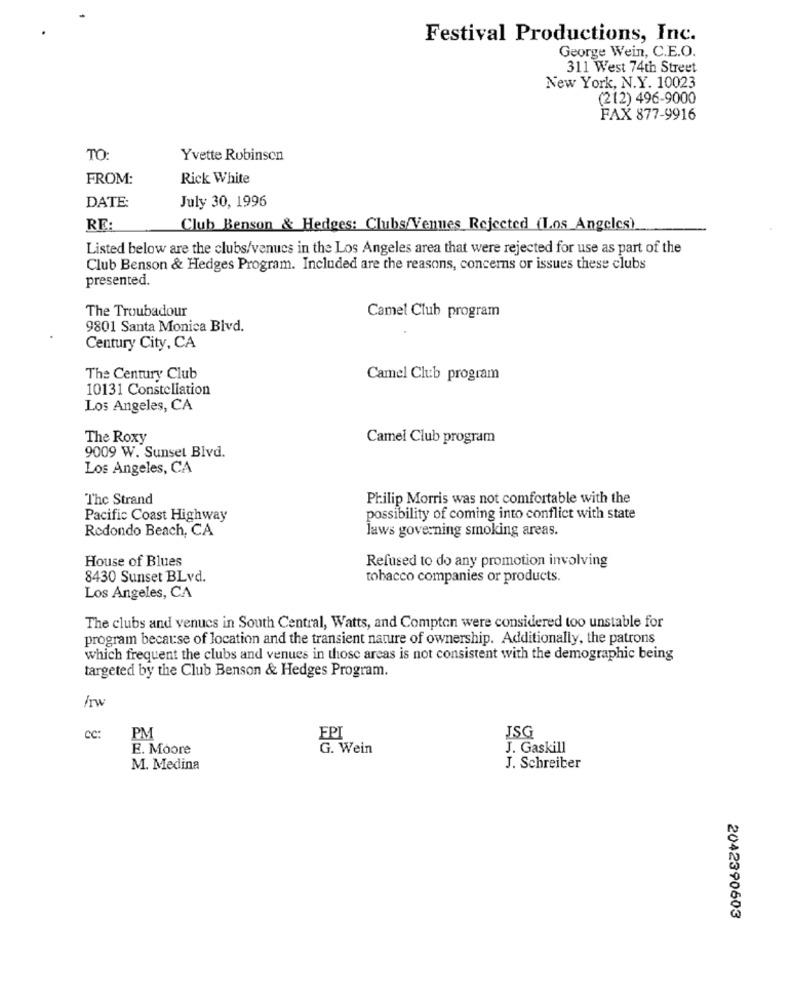
Festival Productions, Inc.
George Wein, C.E.O.
311 West 74th Street
New York, N.Y. 10023
(212) 496-9000
FAX 877-9916
TO:
Yvette Robinson
FROM:
Rick White
DATE:
July 30, 1996
RE:
Club Benson & Hedges: Clubs/Venues Rejected (Los Angeles)
Listed below are the clubs/venues in the Los Angeles area that were rejected for use as part of the
Club Benson & Hedges Program. Included are the reasons, concerns or issues these clubs
presented.
The Troubadour
Camel Club program
9801 Santa Monica Blvd.
Century City, CA
The Century Club
Camel Club program
10131 Constellation
Los Angeles, CA
The Roxy
Camel Club program
9009 W. Sunset Blvd.
Los Angeles, CA
The Strand
Philip Morris was not comfortable with the
Pacific Coast Highway
possibility of coming into conflict with state
Redondo Beach, CA
Jaws governing smoking areas.
House of Blues
Refused to do any promotion involving
8430 Sunset BLvd.
tobacco companies or products.
Los Angeles, CA
The clubs and venues in South Central, Watts, and Compton were considered too unstable for
program because of location and the transient nature of ownership. Additionally, the patrons
which frequent the clubs and venues in those areas is not consistent with the demographic being
targeted by the Club Benson & Hedges Program.
/rw
CC:
PM
EPI
JSG
E. Moore
G. Wein
J. Gaskill
M. Medina
J. Schreiber
2042390603